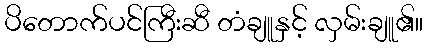
ပိတောက်ပင်ကြီးဆီ တံချူနှင့် လှမ်းချူ၏။